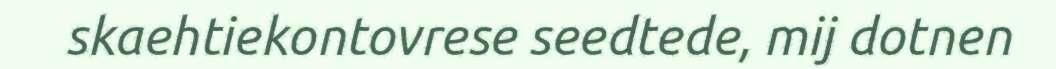
skaehtiekontovrese seedtede, mij dotnen